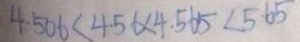
4 . 5 0 6 < 4 . 5 6 < 4 . 5 6 5 < 5 . 6 5